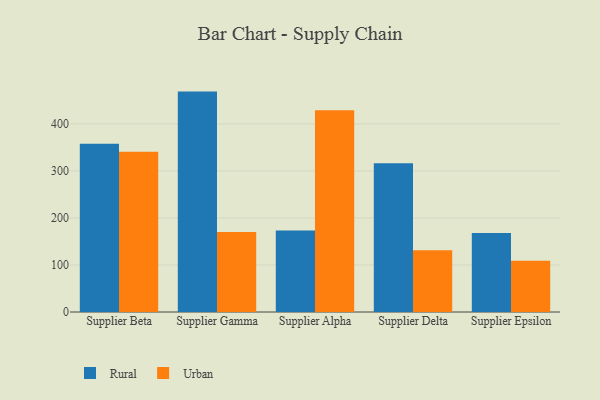
{"axis": {"x": "Supplier", "y": "Satisfaction Score"}, "legend": ["Rural", "Urban"], "data": [{"x": "Supplier Beta", "y": 357.7, "type": "Rural"}, {"x": "Supplier Beta", "y": 340.9, "type": "Urban"}, {"x": "Supplier Gamma", "y": 468.6, "type": "Rural"}, {"x": "Supplier Gamma", "y": 170.2, "type": "Urban"}, {"x": "Supplier Alpha", "y": 173.3, "type": "Rural"}, {"x": "Supplier Alpha", "y": 428.9, "type": "Urban"}, {"x": "Supplier Delta", "y": 316.1, "type": "Rural"}, {"x": "Supplier Delta", "y": 131.3, "type": "Urban"}, {"x": "Supplier Epsilon", "y": 168.0, "type": "Rural"}, {"x": "Supplier Epsilon", "y": 108.7, "type": "Urban"}]}